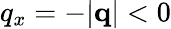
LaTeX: q_{x}=-|\mathbf{q}|<0